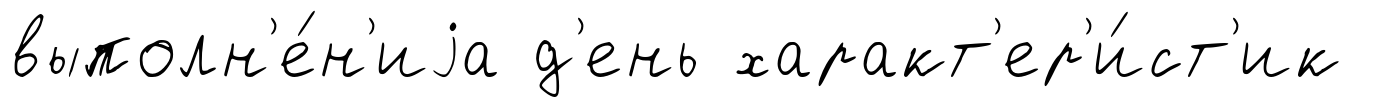
выполн'е́н'иjа д'ень характ'ер'и́ст'ик